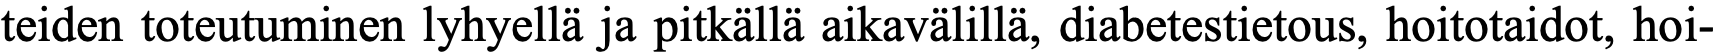
teiden toteutuminen lyhyellä ja pitkällä aikavälillä, diabetestietous, hoitotaidot, hoi-